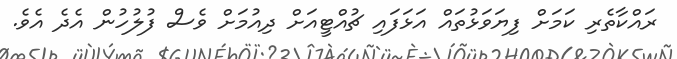
ރައްކާތެރި ކަމަށް ފިޔަވަޅުތައް އަޅަފައި ޗުއްޓީއަށް ދިއުމަށް ވެސް ފުލުުހުން އެދެ އެވެ.